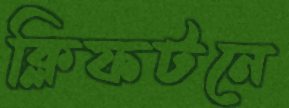
ক্লিফটনে